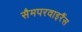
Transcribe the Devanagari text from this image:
सैमपरवाइरैंस